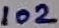
Text: 102